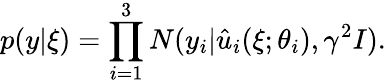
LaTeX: {p(y|\xi)}=\prod_{i=1}^{3}N(y_{i}|\hat{u}_{i}(\xi;\theta_{i}),\gamma^{2}I).